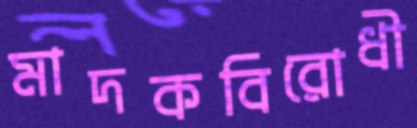
মাদকবিরোধী